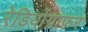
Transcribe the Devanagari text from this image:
रेडियोग्राफर